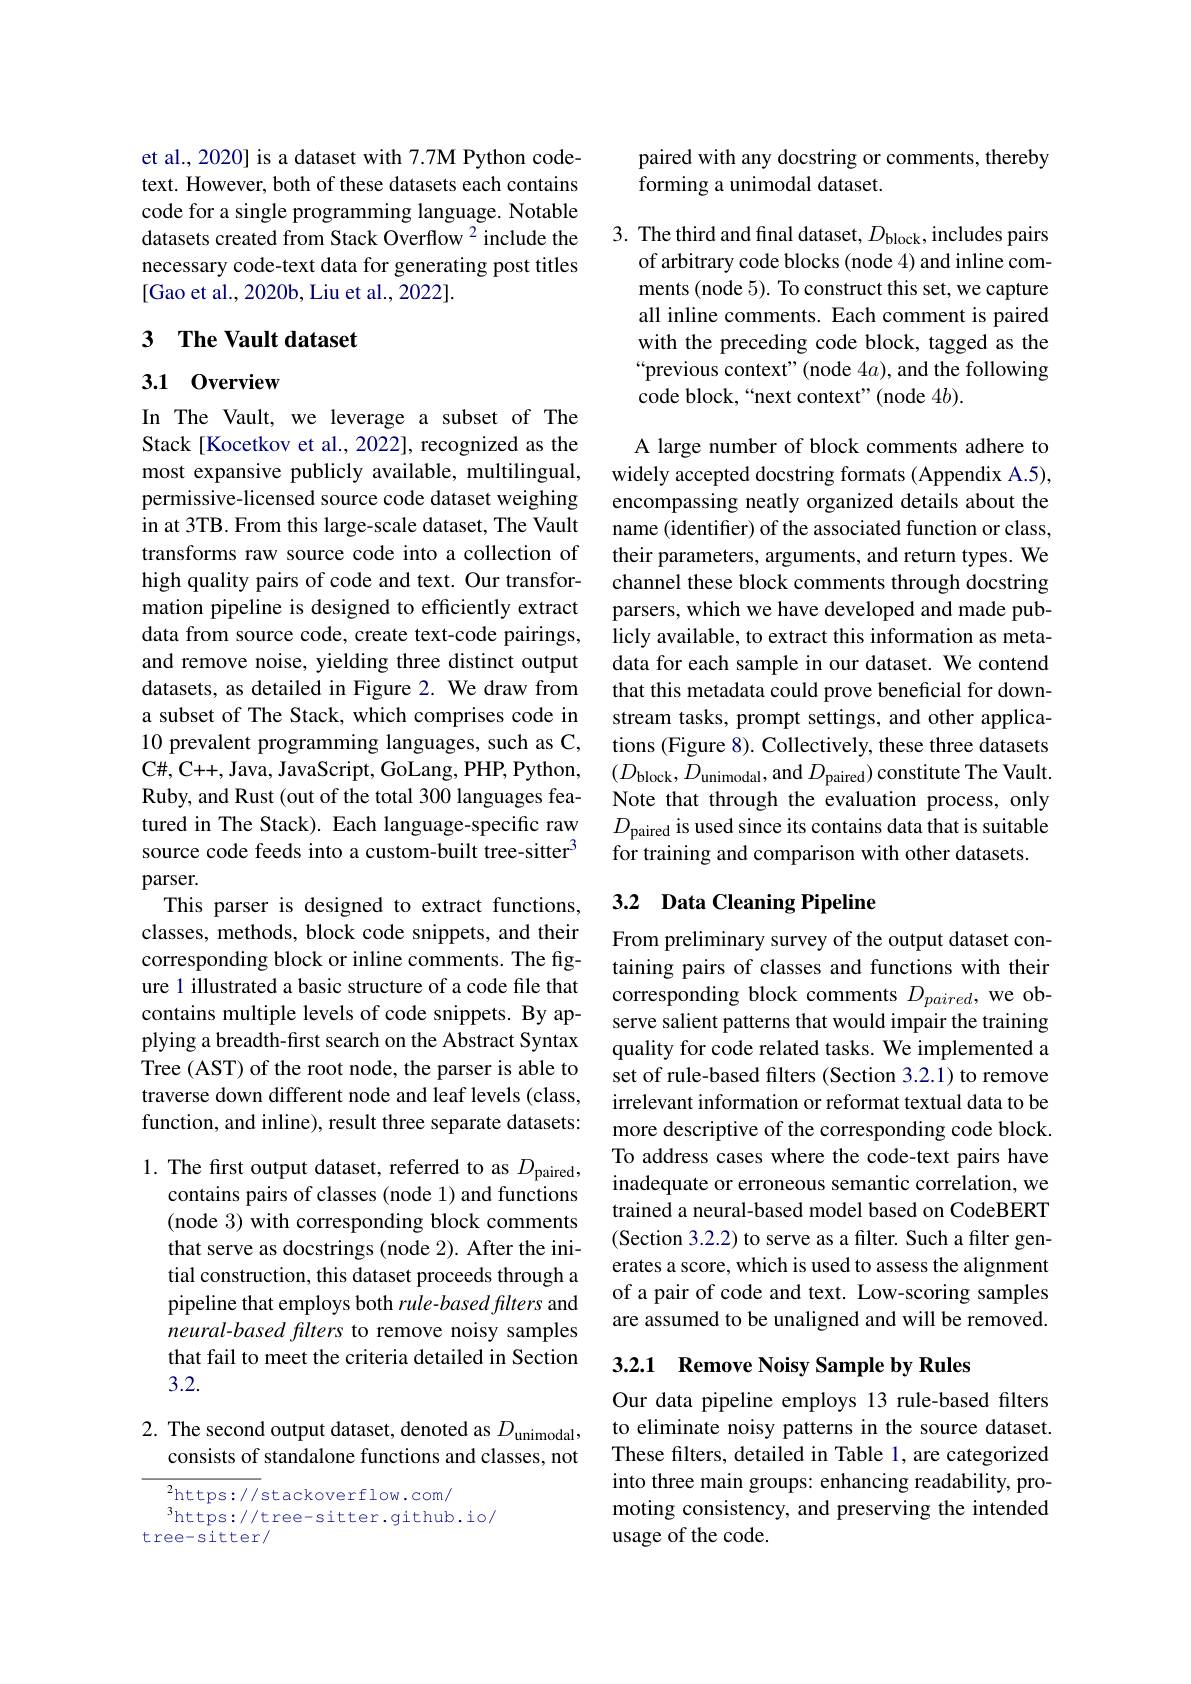
et al., 2020] is a dataset with 7.7M Python codetext. However, both of these datasets each contains code for a single programming language. Notable datasets created from Stack Overflow $^{2}$include the necessary code-text data for generating post titles [Gao et al., 2020b, Liu et al., 2022].

## 3 The Vault dataset

## 3.1 0verview

In The Vault, we leverage a subset of The Stack[Kocetkov et al., 2022], recognized as the most expansive publicly available, multilingual, permissive-licensed source code dataset weighing in at 3TB. From this large-scale dataset, The Vault transforms raw source code into a collection of high quality pairs of code and text. Our transformation pipeline is designed to efficiently extract data from source code, create text-code pairings, and remove noise, yielding three distinct output datasets, as detailed in Figure 2. We draw from a subset of The Stack, which comprises code in 10 prevalent programming languages, such as C, C, C+ + , Java, JavaScript, GoLang, PHP, Python, Ruby, and Rust (out of the total 300 languages featured in The Stack). Each language-specific raw source code feeds into a custom-built tree-sitter$^{3}$ parser.
This parser is designed to extract functions, classes, methods, block code snippets, and their corresponding block or inline comments. The figure 1 illustrated a basic structure of a code file that contains multiple levels of code snippets. By applying a breadth-first search on the Abstract Syntax Tree (AST) of the root node, the parser is able to traverse down different node and leaf levels (class, function, and inline), result three separate datasets: 1. The first output dataset, referred to as $D_\mathrm{paired}$,

contains pairs of classes (node 1) and functions (node 3) with corresponding block comments that serve as docstrings (node 2). After the initial construction, this dataset proceeds through a pipeline that employs both rule-based filters and neural-based filters to remove noisy samples that fail to meet the criteria detailed in Section 3.2.

2. The second output dataset, denoted as $D_\mathrm{unimodal}$,
consists of standalone functions and classes, not

$^{2}$https://stackoverflow.com/
$^{3}$https://tree-sitter.github.io/
tree-sitter/

paired with any docstring or comments, thereby
forming a unimodal dataset.

3. The third and final dataset, $D_\mathrm{block}$, includes pairs
of arbitrary code blocks (node 4) and inline comments (node 5). To construct this set, we capture all inline comments. Each comment is paired with the preceding code block, tagged as the “previous context" (node 4a), and the following code block,“next context”(node $4b).$

A large number of block comments adhere to widely accepted docstring formats (Appendix A.5), encompassing neatly organized details about the name (identifer) of the associated function or class, their parameters, arguments, and return types. We channel these block comments through docstring parsers, which we have developed and made publicly available, to extract this information as metadata for each sample in our dataset. We contend that this metadata could prove beneficial for downstream tasks, prompt settings, and other applications (Figure 8). Collectively, these three datasets $(D_{\mathrm{block}},D_{\mathrm{unimodal}}$,and $D_\mathrm{paired})$ constitute The Vault. Note that through the evaluation process, only $D_{\mathrm{paired~is~used~since~its~contains~data~that~is~suitable}}$ for training and comparison with other datasets.

## 3.2 Data Cleaning Pipeline

From preliminary survey of the output dataset containing pairs of classes and functions with their corresponding block comments $D_{paired}$, we observe salient patterns that would impair the training quality for code related tasks. We implemented a set of rule-based filters (Section 3.2.1) to remove irrelevant information or reformat textual data to be more descriptive of the corresponding code block. To address cases where the code-text pairs have inadequate or erroneous semantic correlation, we trained a neural-based model based on CodeBERT (Section 3.2.2) to serve as a filter. Such a filter generates a score, which is used to assess the alignment of a pair of code and text. Low-scoring samples are assumed to be unaligned and will be removed.

## 3.2.1 Remove Noisy Sample by Rules

Our data pipeline employs 13 rule-based filters to eliminate noisy patterns in the source dataset. These filters, detailed in Table 1, are categorized into three main groups: enhancing readability, promoting consistency, and preserving the intended usage of the code.